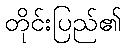
တိုင်းပြည်၏